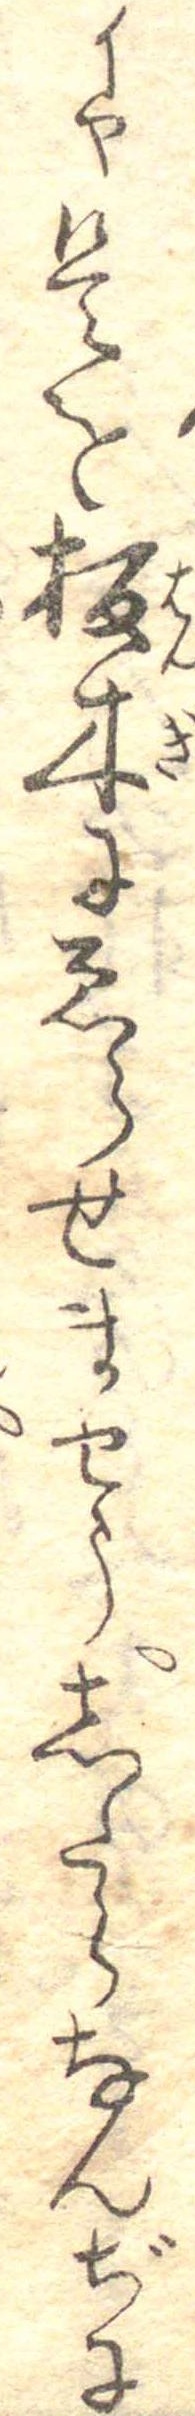
イヤ是を板木にゑらせませうしたらなんぢに